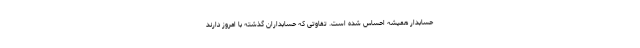
حسابدار همیشه احساس شده است. تفاوتی که حسابداران گذشته با امروز دارند